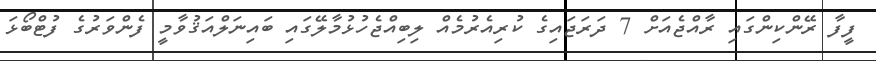
ފީފާ ރޭންކިންގައި ރާއްޖެއަށް 7 ދަރަޖައިގެ ކުރިއެރުމެއް ލިބިއްޖެހުޅުމާލޭގައި ބައިނަލްއަޤުވާމީ ފެންވަރުގެ ފުޓްބޯޅަ